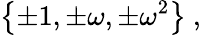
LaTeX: \left\{ \pm 1,\pm\omega,\pm\omega^{2}\right\} ~,